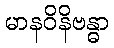
မာနဝိနိဗန္ဓာ